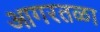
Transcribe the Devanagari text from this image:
आगरतळा